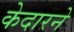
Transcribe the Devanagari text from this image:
केदारने